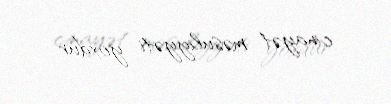
cinayət məsuliyyəti yoxdur.